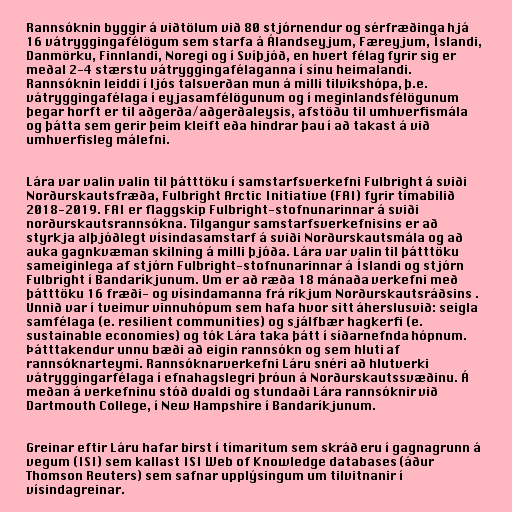
Rannsóknin byggir á viðtölum við 80 stjórnendur og sérfræðinga hjá
16 vátryggingafélögum sem starfa á Álandseyjum, Færeyjum, Íslandi,
Danmörku, Finnlandi, Noregi og í Svíþjóð, en hvert félag fyrir sig er
meðal 2-4 stærstu vátryggingafélaganna í sínu heimalandi.
Rannsóknin leiddi í ljós talsverðan mun á milli tilvikshópa, þ.e.
vátryggingafélaga í eyjasamfélögunum og í meginlandsfélögunum
þegar horft er til aðgerða/aðgerðaleysis, afstöðu til umhverfismála
og þátta sem gerir þeim kleift eða hindrar þau í að takast á við
umhverfisleg málefni.

Lára var valin valin til þátttöku í samstarfsverkefni Fulbright á sviði
Norðurskautsfræða, Fulbright Arctic Initiative (FAI) fyrir tímabilið
2018-2019. FAI er flaggskip Fulbright-stofnunarinnar á sviði
norðurskautsrannsókna. Tilgangur samstarfsverkefnisins er að
styrkja alþjóðlegt vísindasamstarf á sviði Norðurskautsmála og að
auka gagnkvæman skilning á milli þjóða. Lára var valin til þátttöku
sameiginlega af stjórn Fulbright-stofnunarinnar á Íslandi og stjórn
Fulbright í Bandaríkjunum. Um er að ræða 18 mánaða verkefni með
þátttöku 16 fræði- og vísindamanna frá ríkjum Norðurskautsráðsins .
Unnið var í tveimur vinnuhópum sem hafa hvor sitt áherslusvið: seigla
samfélaga (e. resilient communities) og sjálfbær hagkerfi (e.
sustainable economies) og tók Lára taka þátt í síðarnefnda hópnum.
Þátttakendur unnu bæði að eigin rannsókn og sem hluti af
rannsóknarteymi. Rannsóknarverkefni Láru snéri að hlutverki
vátryggingarfélaga í efnahagslegri þróun á Norðurskautssvæðinu. Á
meðan á verkefninu stóð dvaldi og stundaði Lára rannsóknir við
Dartmouth College, í New Hampshire í Bandaríkjunum.

Greinar eftir Láru hafar birst í tímaritum sem skráð eru í gagnagrunn á
vegum (ISI) sem kallast ISI Web of Knowledge databases (áður
Thomson Reuters) sem safnar upplýsingum um tilvitnanir í
vísindagreinar.